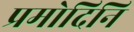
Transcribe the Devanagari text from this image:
प्रमोदिनि